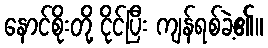
နောင်စိုးတို့ ငိုင်ပြီး ကျန်ရစ်ခဲ့၏။